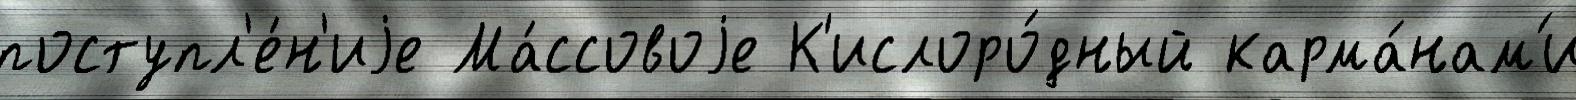
поступл'е́н'иjе Ма́ссовоjе К'ислоро́дный карма́нам'и